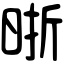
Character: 晣